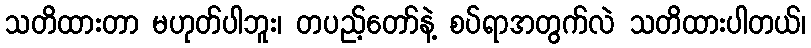
သတိထားတာ မဟုတ်ပါဘူး၊ တပည့်တော်နဲ့ စပ်ရာအတွက်လဲ သတိထားပါတယ်၊